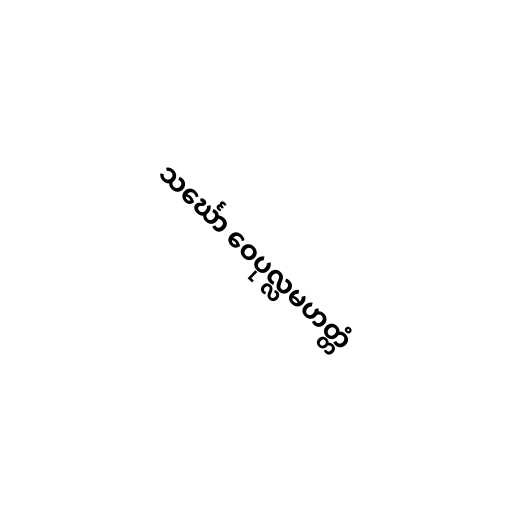
သင်္ဃော ဝေပုလ္လမဟတ္တံ